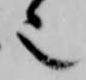
也